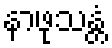
နာဖုသန္တံ